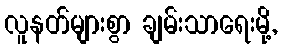
လူနတ်များစွာ ချမ်းသာရေးမို့,